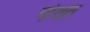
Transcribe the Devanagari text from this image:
पोख्त